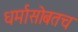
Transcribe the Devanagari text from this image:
धर्मासोबतच